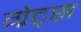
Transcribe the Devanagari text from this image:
ग्रेट्स